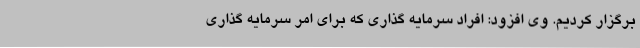
برگزار کردیم. وی افزود: افراد سرمایه گذاری که برای امر سرمایه گذاری